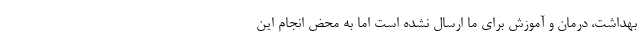
بهداشت، درمان و آموزش برای ما ارسال نشده است اما به محض انجام این